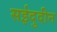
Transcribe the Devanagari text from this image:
सईदुदीन